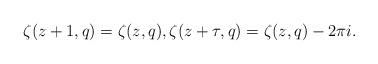
LaTeX: \begin{align*}\zeta(z+1, q) = \zeta(z, q), \zeta(z+\tau, q) = \zeta(z, q) - 2\pi i.\end{align*}